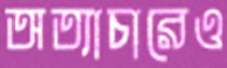
অত্যাচারেও